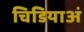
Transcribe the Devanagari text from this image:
चिडियाअं